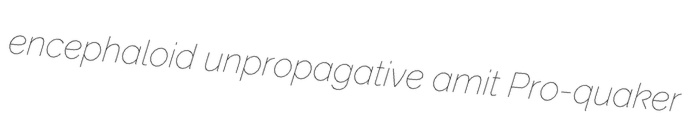
encephaloid unpropagative amit Pro-quaker